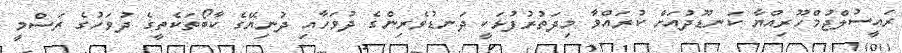
ރައީސުލްޖުމްހޫރިއްޔާ ކަނޑޫދުއަށް ކުރައްވާ މިދަތުރުފުޅަކީ ދަނޑުވެރިންގެ ދުވަހާއި ދުނިޔޭގެ ކާބޯތަކެތީގެ ދުވަހުގެ ރަސްމީ